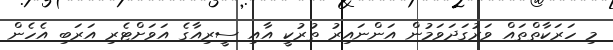
މި ހަރަކާތްތައް ވަރުގަދަވަމުން އަންނައިރު ތުރުކީ އާއި ސީރިއާގެ އަވަށްޓެރި އަރަބި އެހެން